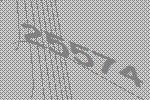
25574